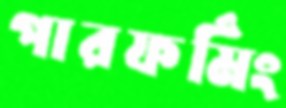
পারফর্মিং